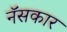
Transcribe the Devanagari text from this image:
नॅसकार